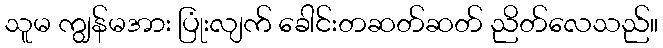
သူမ ကျွန်မအား ပြုံးလျက် ခေါင်းတဆတ်ဆတ် ညိတ်လေသည်။